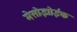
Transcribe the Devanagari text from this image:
मेसोझोईक